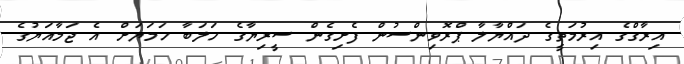
އިރާގްގެ އިރުމަތީގެ ދައްޔާލާ ޕްރޮވިންސުން ފެށިގެން ސީރިޔާގެ ހަލަބާ ހަމަޔަށް އެ ޖަމާއަޔުގެ